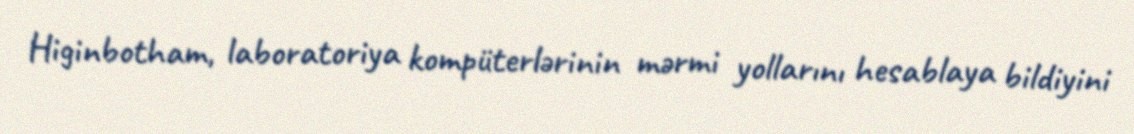
Higinbotham, laboratoriya kompüterlərinin mərmi yollarını hesablaya bildiyini